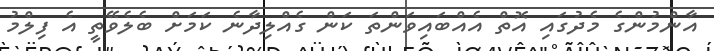
އާންމުންގެ މެދުގައި އޮތް އެއްބައިވަންތަ ކަން ގެއްލިދާނެ ކަމަށް ބެލެވޭތީ އެ ފިލްމު